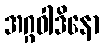
အဂ္ဂဝါဒိနော